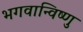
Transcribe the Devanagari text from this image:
भगवान्विष्णु